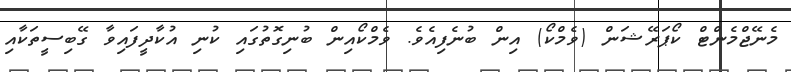
މެނޭޖްމެންޓް ކޯޕަރޭޝަން (ވެމްކޯ) އިން ބުނެފިއެވެ. ވެމްކޯއިން ބުނިގޮތުގައި ކުނި އުކާދީފައިވާ ގޭބިސީތަކާއި